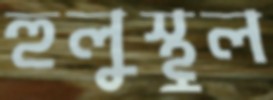
হুলুস্থুল